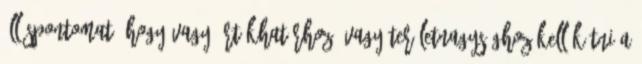
álláspontomat, hogy vagy értékhatárhoz, vagy területnagysághoz kell kötni a